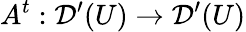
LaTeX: A^{t}:{\mathcal{D}}^{\prime}(U)\to{\mathcal{D}}^{\prime}(U)